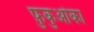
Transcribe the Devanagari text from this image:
फ़ुकुओका